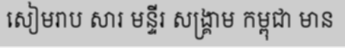
សៀមរាប សារ មន្ទីរ សង្គ្រាម កម្ពុជា មាន